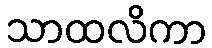
သာထလိကာ